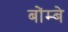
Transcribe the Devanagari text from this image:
बोंम्बे